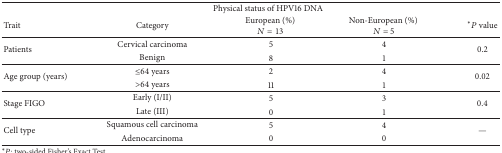
| <COLSPAN=5> Physical status of HPV16 DNA |
 | Trait | Category | European (%) N = 13 | Non-European (%) N = 5 | *P value |
 | --- | --- | --- | --- | --- |
 | <ROWSPAN=2> Patients | Cervical carcinoma | 5 | 4 | <ROWSPAN=2> 0.2 |
 | Benign | 8 | 1 |
 | <ROWSPAN=2> Age group (years) | ≤64 years | 2 | 4 | <ROWSPAN=2> 0.02 |
 | >64 years | 11 | 1 |
 | <ROWSPAN=2> Stage FIGO | Early (I/II) | 5 | 3 | <ROWSPAN=2> 0.4 |
 | Late (III) | 0 | 1 |
 | <ROWSPAN=2> Cell type | Squamous cell carcinoma | 5 | 4 | <ROWSPAN=2> — |
 | Adenocarcinoma | 0 | 0 |